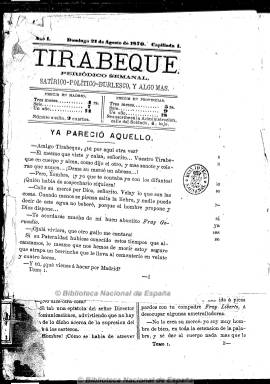
Título: Tirabeque (Madrid. 1870)
Colección: Revistas satíricas y humorísticas || Periódicos
Ámbito geográfico: Madrid
Lugar de publicación: Madrid
Fechas: 21/08/1870-10/12/1870

Su subtítulo –“periódico semanal satírico-político-burlesco, y algo más”- ya da cuenta del carácter de esta publicación que editó, al menos, quince números, con la denominación de capilladas, desde el 21 de agosto al diez de octubre de 1870. Con este título ya se habían editado catorce entregas, publicadas también en Madrid, de otro semanario con el mismo carácter satírico cinco años antes. Se desconoce cual fuera su director y redactor, pues parece obra personal de algún periodista de burlona, crítica y culta pluma, de ideas avanzadas y republicanas, que según reconoce el mismo llega a ser tildado de “garibaldino”.

Sus dos primeros números están impresos a una columna y dieciséis páginas, y a partir del cuatro de septiembre reduce su paginación a la mitad y varía su tamaño, además de ser compuesto a dos columnas. Sale, primero, de la imprenta de la calle Soldado, y después, de la de Jesús del Valle. Su editor había pretendido desde el principio que apareciera dos veces a la semana, pero lo fue sólo los domingos.

La denominación de su título hace referencia al lego que había sido el otro personaje de los diálogos de Fray Gerundio, el seudónimo con el que había sido conocido en la prensa española el progresista Modesto Lafuente (1806-1866). De tal forma que los contenidos de Tirabeque están también integrados por diálogos, además de artículos y breves comentarios sobre la política que en ese momento se vive en España, centrada en los candidatos para ceñir la corona de la monarquía democrática establecida en la Constitución de 1869, y que, al final recayó en el duque de Aosta, el rey Amadeo I.

Las críticas del semanario también van dirigidas contra los políticos en el poder, desde el Regente, el general Francisco Serrano, a los diferentes ministros del gobierno, así como contra carlistas y clero, escritas en un tono nunca agresivo ni lacerante. Publica asimismo unas memorias o epístolas de Fray Gerundio, y algunos artículos de política europea y crónicas sociales y teatrales, con el mismo espíritu crítico-burlesco, además de charadas y algún jeroglífico.